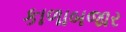
કાળાબજાર